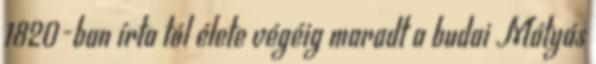
1820-ban írta tól élete végéig maradt a budai Mátyás